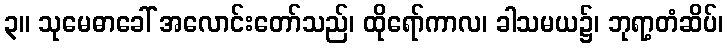
၃။ သုမေဓာခေါ် အလောင်းတော်သည်၊ ထိုရော်ကာလ၊ ခါသမယ၌၊ ဘုရာ့တံဆိပ်၊